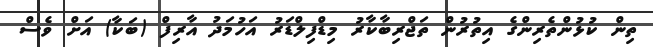
ތިން ކުޅުންތެރިންގެ އިތުރުން ތަޖްރިބާކާރު މިޑްފިލްޑަރު އަހުމަދު އާރިފް (ބަކާ) އަށް ވެސް